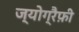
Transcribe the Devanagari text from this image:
ज्योग्रैफ़ी